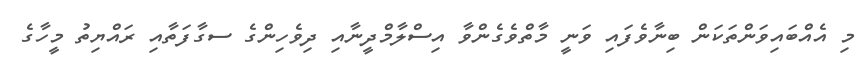
މި އެއްބައިވަންތަކަން ބިނާވެފައި ވަނީ މާތްވެގެންވާ އިސްލާމްދީނާއި ދިވެހިންގެ ސގާފަތާއި ރައްޔިތު މީހާގެ